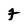
Character: F